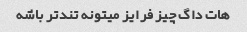
هات داگ چیز فرایز میتونه تند‌تر باشه